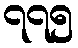
၇၇၅